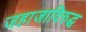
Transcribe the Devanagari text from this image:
जहाजाविरुद्ध